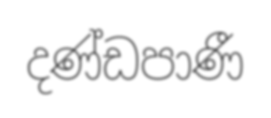
දණ්ඩපාණී